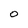
Character: O